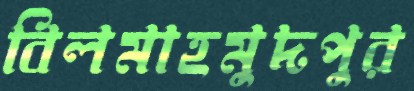
বিলমাহমুদপুর